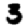
Digit: 3